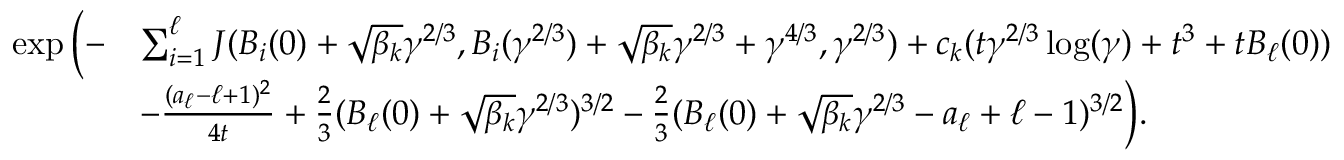
\begin{array} { r l } { \exp \Big ( - } & { \sum _ { i = 1 } ^ { \ell } J ( B _ { i } ( 0 ) + \sqrt { \beta _ { k } } \gamma ^ { 2 / 3 } , B _ { i } ( \gamma ^ { 2 / 3 } ) + \sqrt { \beta _ { k } } \gamma ^ { 2 / 3 } + \gamma ^ { 4 / 3 } , \gamma ^ { 2 / 3 } ) + c _ { k } ( t \gamma ^ { 2 / 3 } \log ( \gamma ) + t ^ { 3 } + t B _ { \ell } ( 0 ) ) } \\ & { - \frac { ( a _ { \ell } - \ell + 1 ) ^ { 2 } } { 4 t } + \frac { 2 } { 3 } ( B _ { \ell } ( 0 ) + \sqrt { \beta _ { k } } \gamma ^ { 2 / 3 } ) ^ { 3 / 2 } - \frac { 2 } { 3 } ( B _ { \ell } ( 0 ) + \sqrt { \beta _ { k } } \gamma ^ { 2 / 3 } - a _ { \ell } + \ell - 1 ) ^ { 3 / 2 } \Big ) . } \end{array}